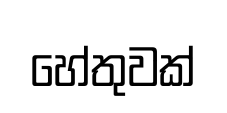
හේතුවක්